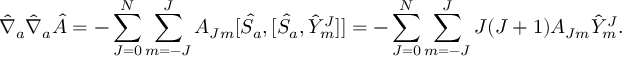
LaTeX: { \hat { \nabla } } _ { a } { \hat { \nabla } } _ { a } { \hat { A } } = - \sum _ { J = 0 } ^ { N } \sum _ { m = - J } ^ { J } A _ { J m } [ { \hat { S } } _ { a } , [ { \hat { S } } _ { a } , { \hat { Y } } _ { m } ^ { J } ] ] = - \sum _ { J = 0 } ^ { N } \sum _ { m = - J } ^ { J } J ( J + 1 ) A _ { J m } { \hat { Y } } _ { m } ^ { J } .